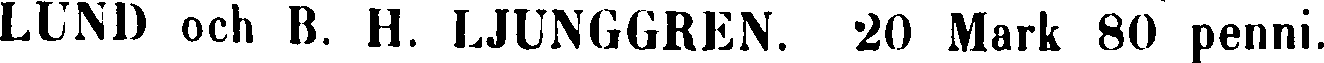
LUND och B. H. LJUNGGREN. 20 Mark 80 penni.